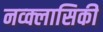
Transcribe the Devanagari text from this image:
नव्क्लासिकी